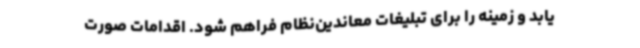
یابد و زمینه را برای تبلیغات معاندین‌نظام فراهم‌ شود. اقدامات صورت